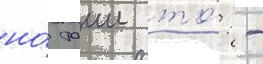
но́ таии то́: -